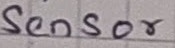
Text: Sensor